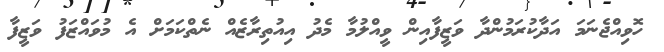
ހޮވިއްޖެނަމަ އަދާކުރަމުންދާ ވަޒީފާއިން ވީއްލުމާ މެދު އިއުތިރާޒެއް ނެތްކަމަށް އެ މުވައްޒަފު ވަޒީފާ